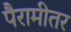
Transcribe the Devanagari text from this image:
पैरामीतर